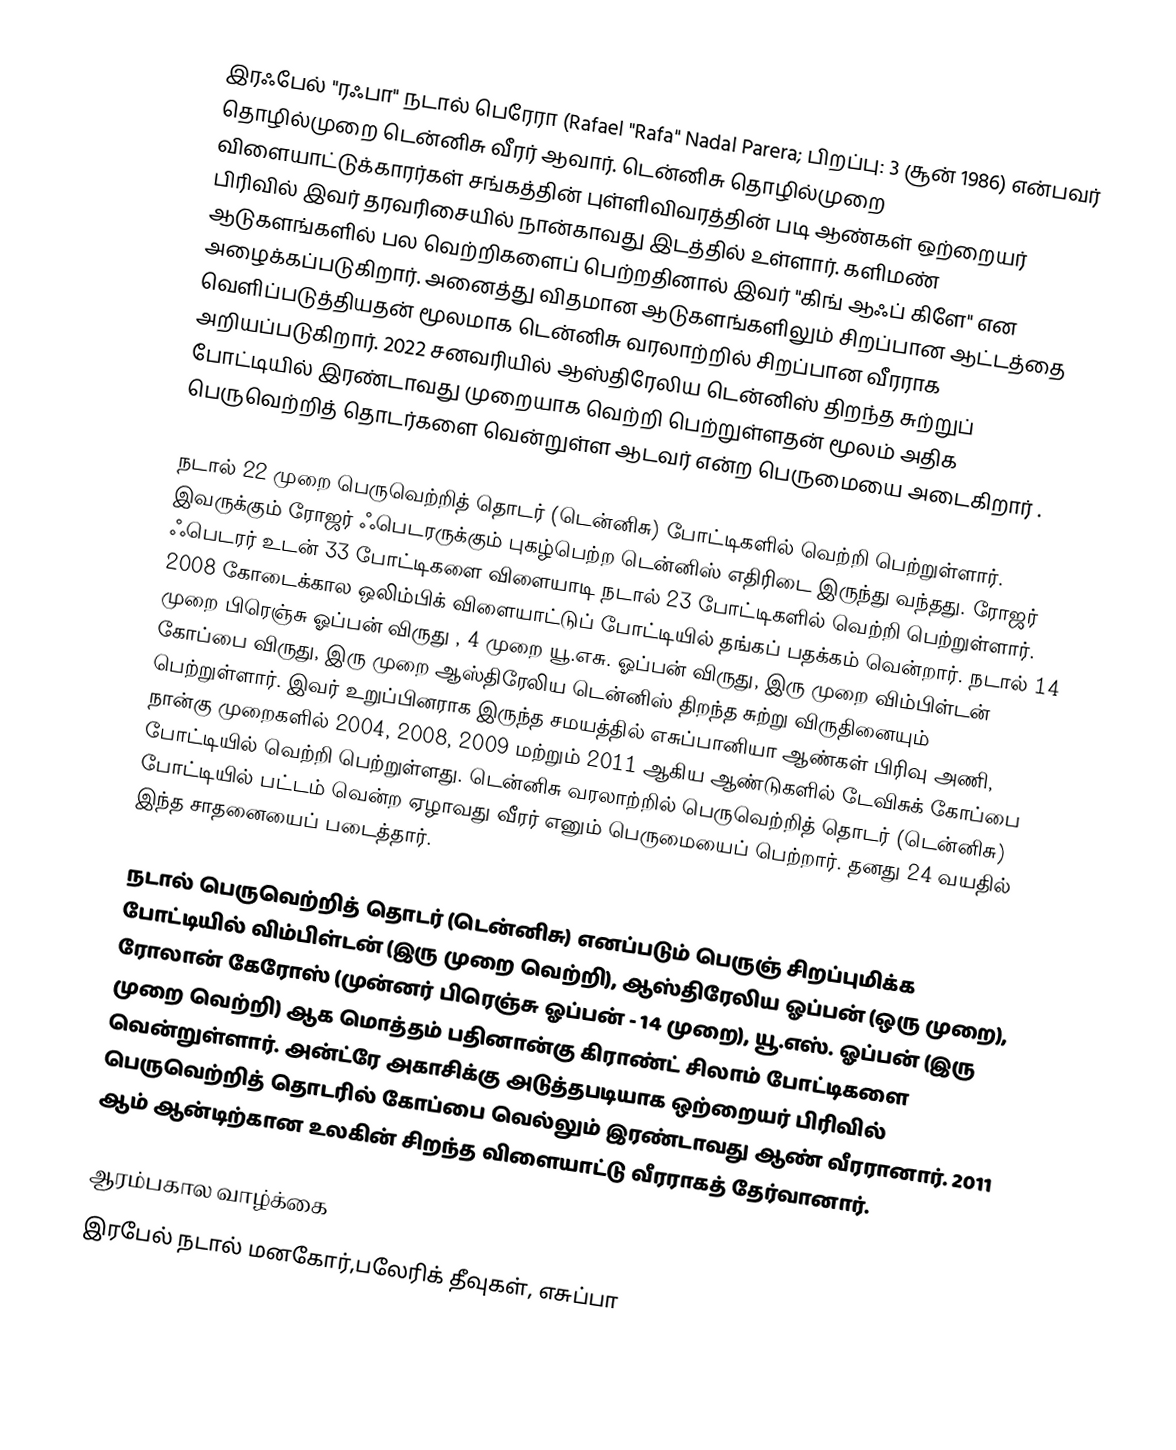
இரஃபேல் "ரஃபா" நடால் பெரேரா (Rafael "Rafa" Nadal Parera; பிறப்பு: 3 சூன் 1986) என்பவர் தொழில்முறை டென்னிசு வீரர் ஆவார்.  டென்னிசு தொழில்முறை விளையாட்டுக்காரர்கள் சங்கத்தின் புள்ளிவிவரத்தின் படி ஆண்கள் ஒற்றையர் பிரிவில் இவர் தரவரிசையில் நான்காவது இடத்தில் உள்ளார். களிமண் ஆடுகளங்களில் பல வெற்றிகளைப் பெற்றதினால் இவர் "கிங் ஆஃப் கிளே" என அழைக்கப்படுகிறார். அனைத்து விதமான ஆடுகளங்களிலும் சிறப்பான ஆட்டத்தை வெளிப்படுத்தியதன் மூலமாக டென்னிசு வரலாற்றில் சிறப்பான வீரராக அறியப்படுகிறார். 2022 சனவரியில் ஆஸ்திரேலிய டென்னிஸ் திறந்த சுற்றுப் போட்டியில் இரண்டாவது முறையாக வெற்றி பெற்றுள்ளதன் மூலம் அதிக பெருவெற்றித் தொடர்களை வென்றுள்ள ஆடவர் என்ற பெருமையை அடைகிறார் .

நடால் 22 முறை பெருவெற்றித் தொடர் (டென்னிசு) போட்டிகளில் வெற்றி பெற்றுள்ளார். இவருக்கும் ரோஜர் ஃபெடரருக்கும் புகழ்பெற்ற டென்னிஸ் எதிரிடை இருந்து வந்தது. ரோஜர் ஃபெடரர் உடன் 33 போட்டிகளை விளையாடி நடால் 23 போட்டிகளில் வெற்றி பெற்றுள்ளார். 2008 கோடைக்கால ஒலிம்பிக் விளையாட்டுப் போட்டியில் தங்கப் பதக்கம் வென்றார்.  நடால் 14 முறை பிரெஞ்சு ஓப்பன் விருது , 4 முறை யூ.எசு. ஓப்பன் விருது, இரு முறை விம்பிள்டன் கோப்பை விருது, இரு முறை ஆஸ்திரேலிய டென்னிஸ் திறந்த சுற்று விருதினையும் பெற்றுள்ளார். இவர் உறுப்பினராக இருந்த சமயத்தில் எசுப்பானியா ஆண்கள் பிரிவு அணி,  நான்கு முறைகளில் 2004, 2008, 2009 மற்றும் 2011 ஆகிய ஆண்டுகளில் டேவிசுக் கோப்பை போட்டியில் வெற்றி பெற்றுள்ளது. டென்னிசு வரலாற்றில் பெருவெற்றித் தொடர் (டென்னிசு) போட்டியில் பட்டம் வென்ற ஏழாவது வீரர் எனும் பெருமையைப் பெற்றார். தனது 24 வயதில் இந்த சாதனையைப் படைத்தார்.

நடால் பெருவெற்றித் தொடர் (டென்னிசு) எனப்படும் பெருஞ் சிறப்புமிக்க போட்டியில்  விம்பிள்டன் (இரு முறை வெற்றி), ஆஸ்திரேலிய ஓப்பன் (ஒரு முறை), ரோலான் கேரோஸ் (முன்னர் பிரெஞ்சு ஓப்பன் -  14 முறை), யூ.எஸ். ஓப்பன் (இரு முறை வெற்றி) ஆக மொத்தம் பதினான்கு கிராண்ட் சிலாம் போட்டிகளை வென்றுள்ளார். அன்ட்ரே அகாசிக்கு அடுத்தபடியாக ஒற்றையர் பிரிவில் பெருவெற்றித் தொடரில் கோப்பை வெல்லும் இரண்டாவது ஆண் வீரரானார். 2011 ஆம் ஆன்டிற்கான உலகின் சிறந்த விளையாட்டு வீரராகத் தேர்வானார்.

ஆரம்பகால வாழ்க்கை
இரபேல் நடால் மனகோர்,பலேரிக் தீவுகள், எசுப்பா